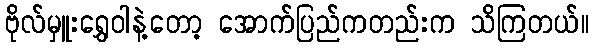
ဗိုလ်မှူးရွှေဝါနဲ့တော့ အောက်ပြည်ကတည်းက သိကြတယ်။